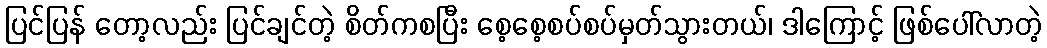
ပြင်ပြန် တော့လည်း ပြင်ချင်တဲ့ စိတ်ကစပြီး စေ့စေ့စပ်စပ်မှတ်သွားတယ်၊ ဒါကြောင့် ဖြစ်ပေါ်လာတဲ့